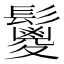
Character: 𩯣